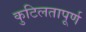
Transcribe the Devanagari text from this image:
कुटिलतापूर्ण